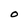
Character: O